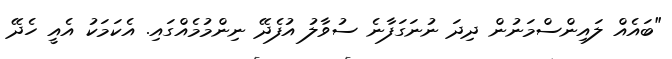
"ބައެއް ލައިންސްމަނުން ދިދަ ނުނަގަފާނެ ސުވާލު އުފެދޭ ނިންމުމެއްގައި. އެކަމަކު އެއީ ހެދޭ